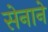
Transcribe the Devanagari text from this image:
सेनाने